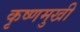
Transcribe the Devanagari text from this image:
कृष्णमुखी